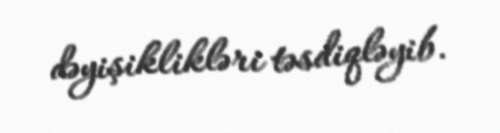
dəyişiklikləri təsdiqləyib.